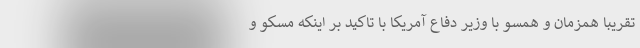
تقریبا همزمان و همسو با وزیر دفاع آمریکا با تاکید بر اینکه مسکو و